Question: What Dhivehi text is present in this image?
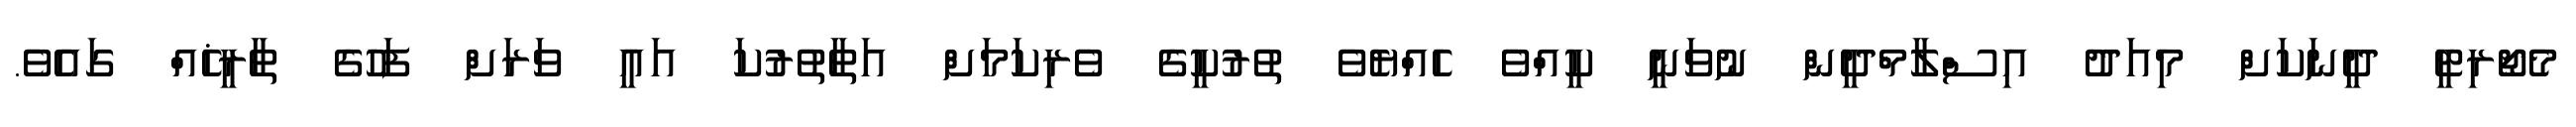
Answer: މެޖޯރިޓީ ދީނަކަށް މިއަދު އިސްލާމްދީން ނުވަނީ ކީއްވެ ހެއްޔެވެ ތުރުކީގެ ވެރިކަމަށް އަތާތުރުކަ އައީ ވަރަށް ފަހުގެ ތާރީޚެއް ގައެވެ.